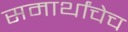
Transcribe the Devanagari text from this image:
समार्थांचेच